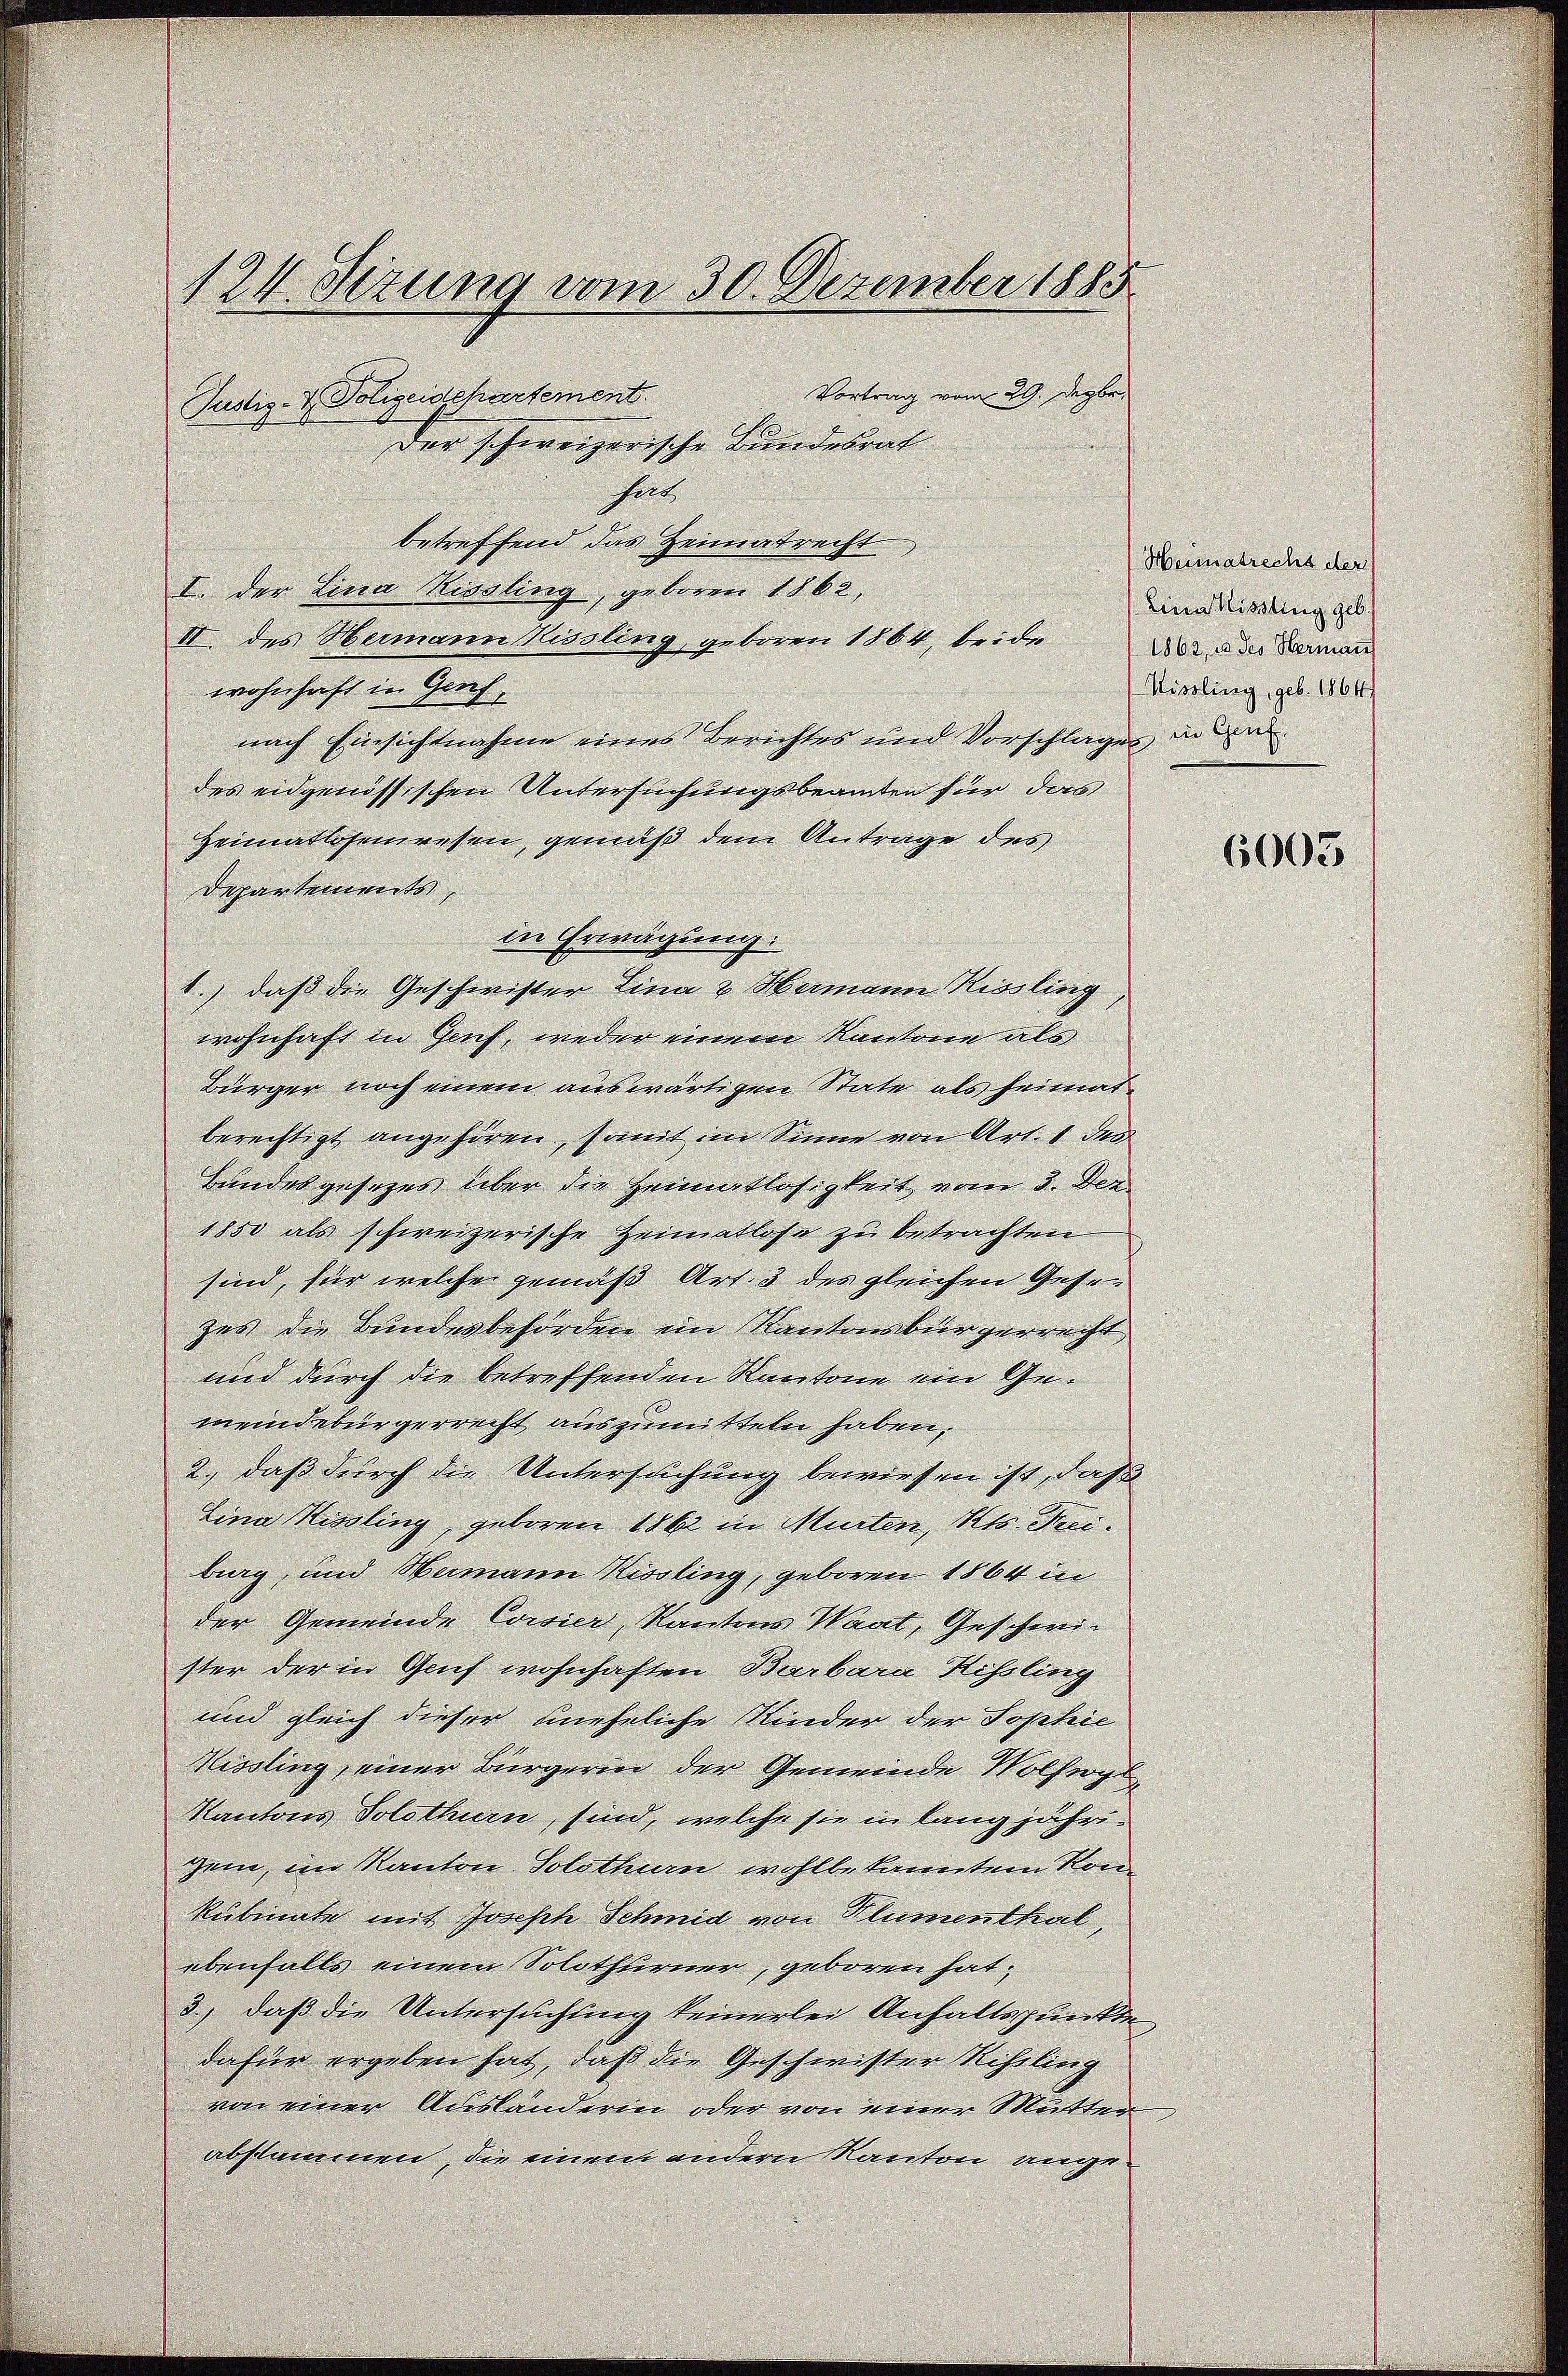
124. Sizung vom 30. Dezember 1885
Vortrag vom 29. Dezbr.
Justiz- & Polizeidepartement
Der schweizerische Bundesrat

fal
betreffend das Heimatrecht
I. der Lina Hissling, geboren 1862,
II. des Hermann Kissling, geboren 1864, beide
wohnhaft in Genf,
nach Einsichtnahme eines Berichtes und Vorschlages ande
des eidgenössischen Untersuchungsbeamten für das
Heimatlosenwesen, gemäß dem Antrage des
Departements,
in Erwägung:
1.) daß die Geschwister Lina & Hermann Kissling,
wohnhaft in Genf, weder einem Kantone als
Bürger noch einem auswärtigen State als heimat
berechtigt angehören, somit im Sinne von Art. 1 des
Bundesgesetzes über die Heimatlosigkeit vom 3. Dez.
1850 als schweizerische Heimatlose zu betrachten
sind, für welche gemäß Art. 3 des gleichen Gesezes die Bundesbehörden ein Kantonsbürgerrecht
und durch die betreffenden Kantone ein Gemeindebürgerrecht auszumitteln haben.
2., daß durch die Untersuchung bewiesen ist, daß
Lina Kissling, geboren 1862 in Murten, Kts. Faciburg, und Hermann Kissling, geboren 1864 in
der Gemeinde Corsier, Kantons Waat, Geschwister der in Genf wohnhaften Barbara Rissling
und gleich dieser uneheliche Kinder der Tophie
Hissling, einer Bürgerin der Gemeinde Volfigl
Kantons Solothurn, sind, welche sie in lang jährigem, im Kanton Solothurn, wohlbekanntem Konkubinate mit Joseph Schmid von Klumenthal,
ebenfalls einem Solothurner, geboren hat;
3.) daß die Untersuchung keinerlei Anhaltspunkte
dafür ergeben hat, daß die Geschwister Rißling
von einer Ausländerin oder von einer Mutter
abstammen, die einem andern Kanton ange¬

Heimatrecht der
Lina Missling geb.
1862, u. des Herman
Hissling, geb. 1864

J

6003